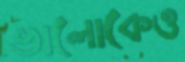
ভালোকেও